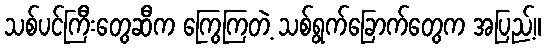
သစ်ပင်ကြီးတွေဆီက ကြွေကြတဲ့ သစ်ရွက်ခြောက်တွေက အပြည့်။